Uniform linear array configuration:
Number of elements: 4
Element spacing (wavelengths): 0.75
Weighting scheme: blackman
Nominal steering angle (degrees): -60
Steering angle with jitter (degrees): -59.069
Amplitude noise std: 0.05
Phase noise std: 0.05

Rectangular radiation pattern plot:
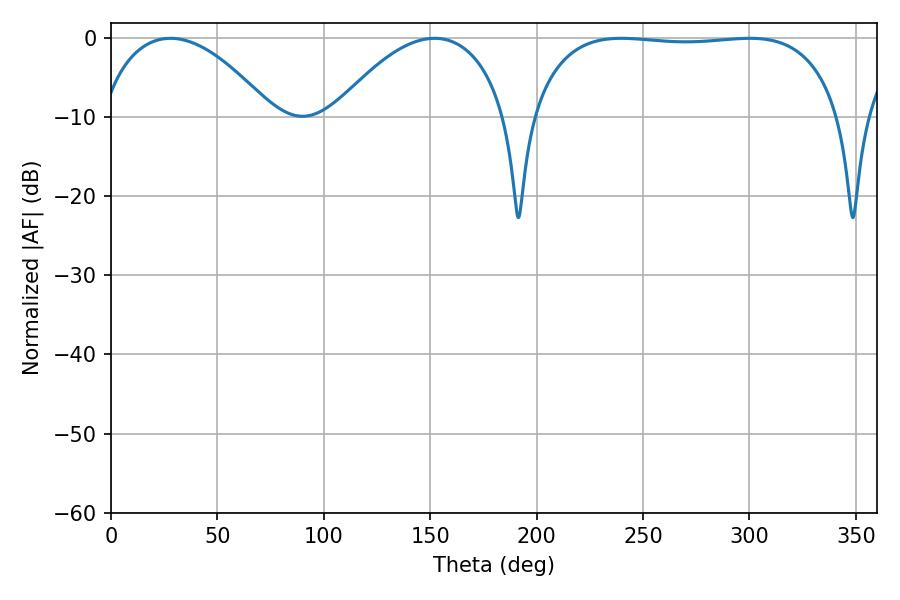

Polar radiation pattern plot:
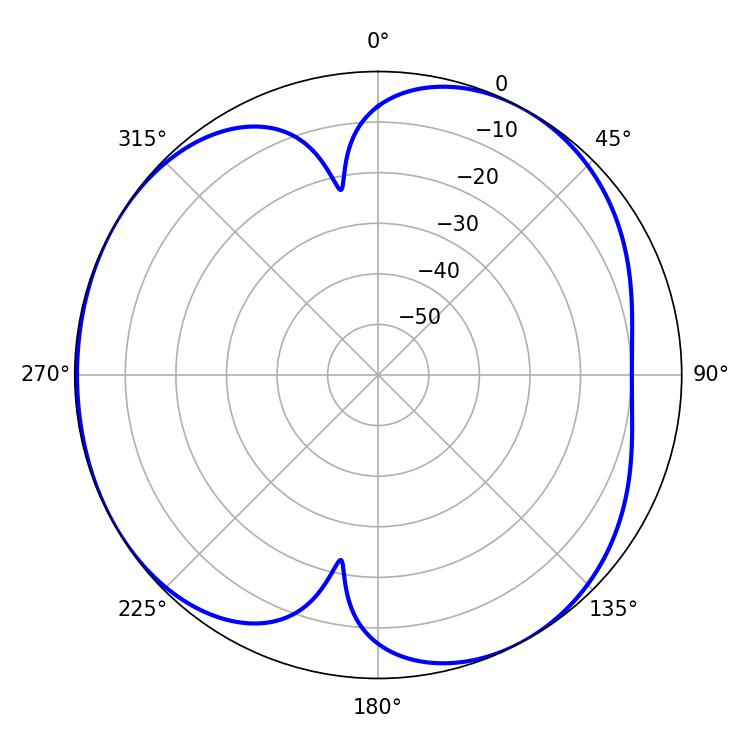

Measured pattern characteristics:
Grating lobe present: TRUE
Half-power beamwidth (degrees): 45.54
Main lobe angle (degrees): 27.9